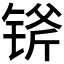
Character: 𲈇